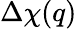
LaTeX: \Delta\chi(q)